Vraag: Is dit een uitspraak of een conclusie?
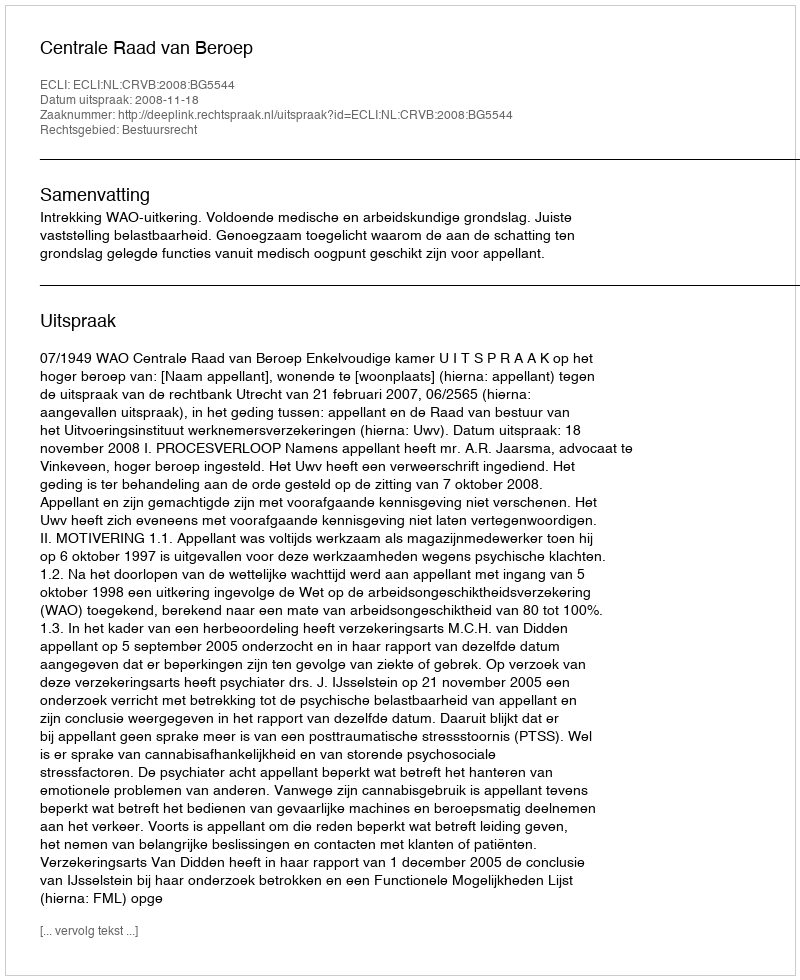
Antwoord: Uitspraak